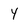
Character: 4